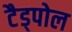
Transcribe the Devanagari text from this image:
टैड्पोल